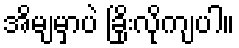
အိမျမှာပဲ ခြိုးလိုကျပါ။